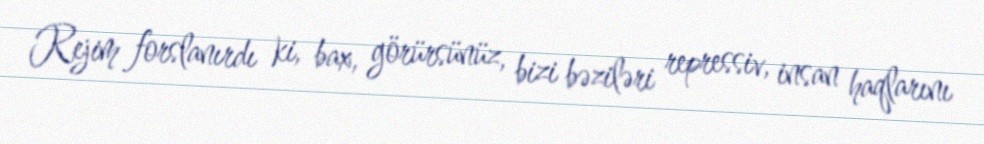
Rejim forslanırdı ki, bax, görürsünüz, bizi bəziləri repressiv, insan haqlarını